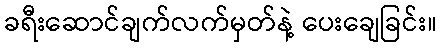
ခရီးဆောင်ချက်လက်မှတ်နဲ့ ပေးချေခြင်း။